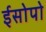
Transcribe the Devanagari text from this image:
ईसोपो